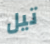
تيل